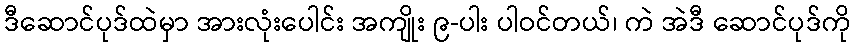
ဒီဆောင်ပုဒ်ထဲမှာ အားလုံးပေါင်း အကျိုး ၉-ပါး ပါဝင်တယ်၊ ကဲ အဲဒီ ဆောင်ပုဒ်ကို